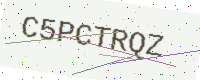
Text: C5PCTRQZ